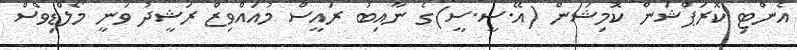
އެންޓި ކޮރަޕްޝަން ކޮމިޝަން (އޭ.ސީ.ސީ)ގެ ނާއިބު ރައީސް މުއައްވިޒް ރަޝީދު ވަނީ މޯލްޑިވްސް